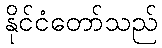
နိုင်ငံတော်သည်